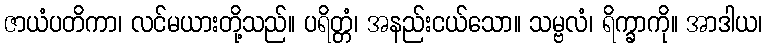
ဇာယံပတိကာ၊ လင်မယားတို့သည်။ ပရိတ္တံ၊ အနည်းငယ်သော။ သမ္ဗလံ၊ ရိက္ခာကို။ အာဒါယ၊